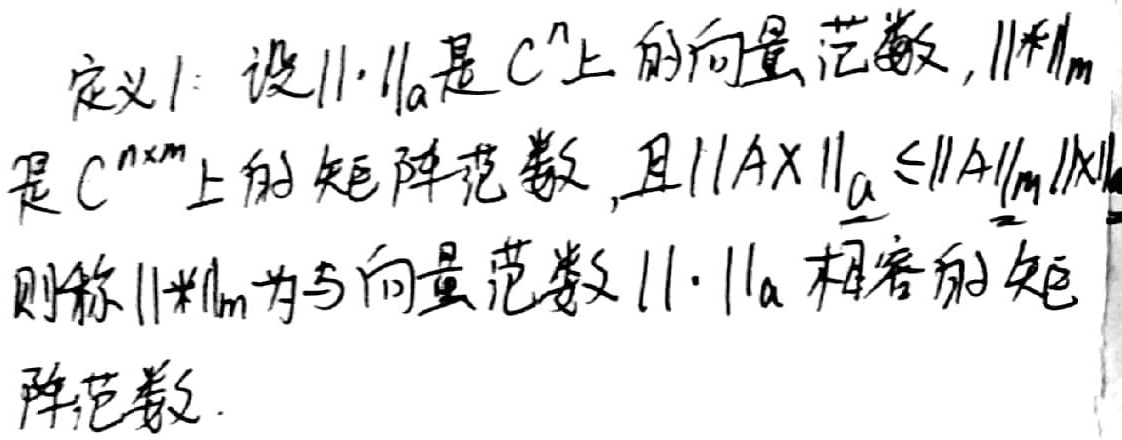
定义1：设$\|\cdot\|_{\alpha}$是$\mathbb{C}^{n}$上的向量范数，$\|\cdot\|_{m}$是$\mathbb{C}^{n\times m}$上的矩阵范数，且$\|AX\|_{\alpha}\leq\|A\|_{m}\|X\|_{\alpha}$，则称$\|\cdot\|_{m}$为与向量范数$\|\cdot\|_{\alpha}$相容的矩阵范数。